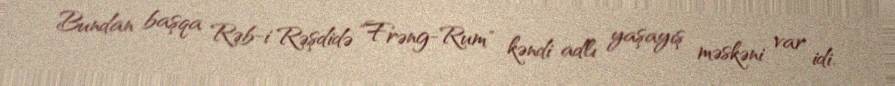
Bundan başqa Rəb-i Rəşdidə "Frəng-Rum" kəndi adlı yaşayış məskəni var idi.